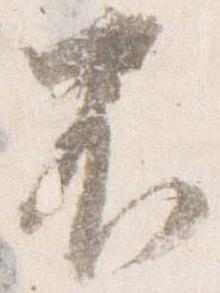
不